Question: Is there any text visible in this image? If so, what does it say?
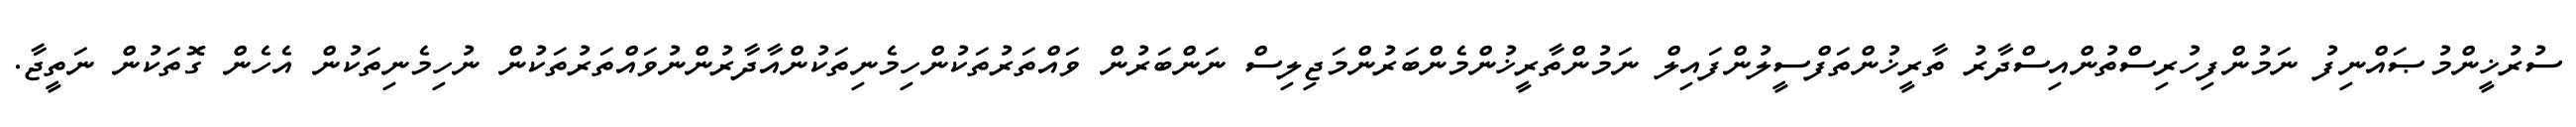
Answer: ސުރުޚީންމުޞައްނިފު ނަމުންފިހުރިސްތުންއިސްދާރު ތާރީޚުންތަފްސީލުންފައިލް ނަމުންތާރީޚުންމެންބަރުންމަޖިލިސް ނަންބަރުން ވައްތަރުތަކުންހިމެނިތަކުންއާދާރުންނުވައްތަރުތަކުން ނުހިމެނިތަކުން އެހެން ގޮތަކުން ނަތީޖާ.